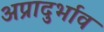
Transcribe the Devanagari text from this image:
अप्रादुर्भाव